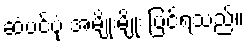
ဆံပင်ပုံ အမျိုးမျိုး ပြင်ရသည်။